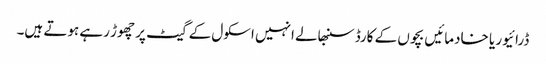
ڈرائیور یا خادمائیں بچوں کے کارڈ سنبھالے انہیں اسکول کے گیٹ پر چھوڑ رہے ہوتے ہیں۔